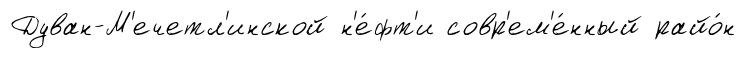
Дуван-М'ечетл'инской н'е́фт'и совр'ем'е́нный райо́н